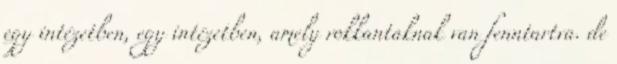
egy intézetben, egy intézetben, amely rokkantaknak van fenntartva. de